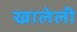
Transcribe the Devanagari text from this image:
खालेली